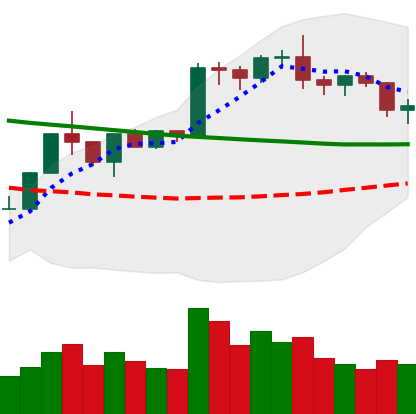
Ticker: BTC-USD
Chart end date: 2020-01-24
Forward return: 10.316%
Label: up_7plus